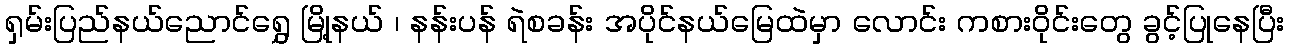
ရှမ်းပြည်နယ်ညောင်ရွှေ မြို့နယ် ၊ နန်းပန် ရဲစခန်း အပိုင်နယ်မြေထဲမှာ လောင်း ကစား၀ိုင်းတွေ ခွင့်ပြုနေပြီး